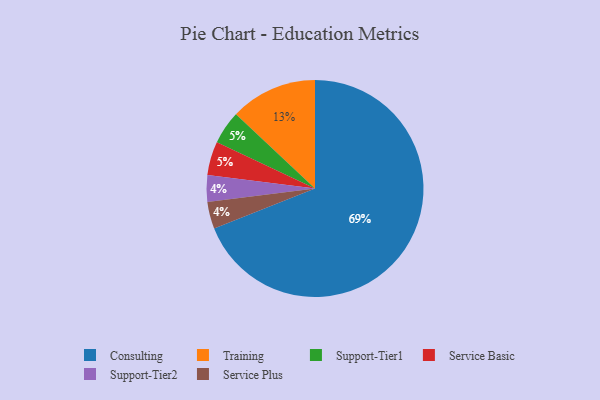
{"axis": {"x": "Category", "y": "Percentage"}, "legend": ["Consulting", "Service Basic", "Service Plus", "Support-Tier1", "Support-Tier2", "Training"], "data": [{"x": "Consulting", "y": 69, "type": "Consulting"}, {"x": "Support-Tier1", "y": 5, "type": "Support-Tier1"}, {"x": "Service Basic", "y": 5, "type": "Service Basic"}, {"x": "Training", "y": 13, "type": "Training"}, {"x": "Support-Tier2", "y": 4, "type": "Support-Tier2"}, {"x": "Service Plus", "y": 4, "type": "Service Plus"}]}